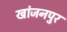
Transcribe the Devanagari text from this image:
खांजनपुर